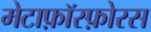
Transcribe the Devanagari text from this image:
मेटाफ़ॉस्फ़ोरस